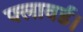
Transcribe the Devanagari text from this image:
फ्लावर्ड।